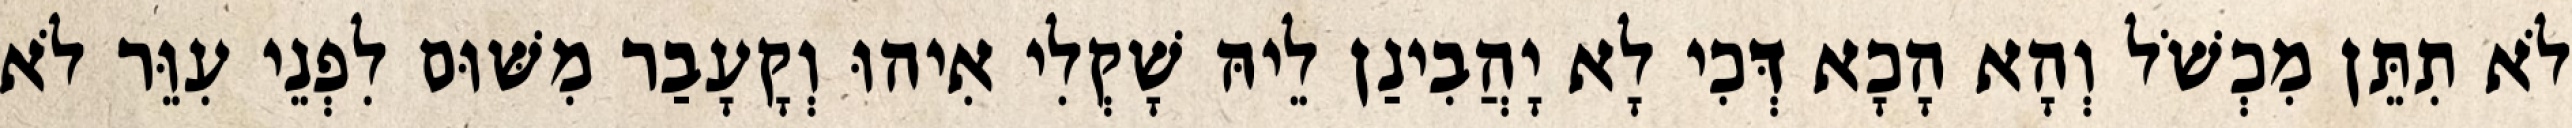
לֹא תִתֵּן מִכְשֹׁל וְהָא הָכָא דְּכִי לָא יָהֲבִינַן לֵיהּ שָׁקְלִי אִיהוּ וְקָעָבַר מִשּׁוּם לִפְנֵי עִוֵּר לֹא